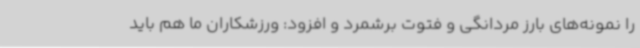
را نمونه‌های بارز مردانگی و فتوت برشمرد و افزود: ورزشکاران ما هم باید